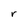
Character: r